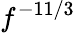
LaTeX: f^{-11/3}